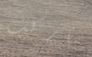
ماركت